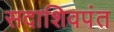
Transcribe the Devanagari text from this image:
सदाशिवपंत